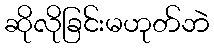
ဆိုလိုခြင်းမဟုတ်ဘဲ